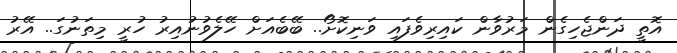
އޮތީ ދަންޖެހިގެން މަރުވާން ކައިރިވެފައި ވަނިކޮށޯ.. ބޭބެއަށް ހޭލެވުނުއިރު ހުރީ މިތަނުގަ.. އޭރު